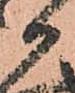
か